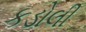
કડોલી